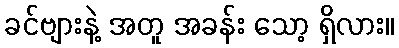
ခင်ဗျားနဲ့ အတူ အခန်း သော့ ရှိလား။